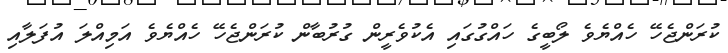
ކުރަންޖެހޭ ހެއްޔެވެ ލޯބީގެ ހައްގުގައި އެކުވެރީން ގުރުބާން ކުރަންޖެހޭ ހެއްޔެވެ އަމިއްލަ އުފަލާއި